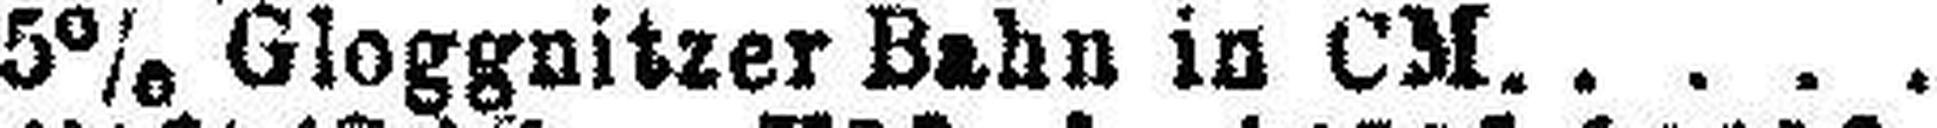
5% Gloggnitzer Bahn in CM.